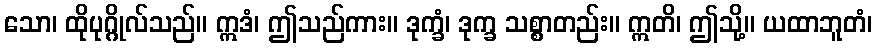
သော၊ ထိုပုဂ္ဂိုလ်သည်။ ဣဒံ၊ ဤသည်ကား။ ဒုက္ခံ၊ ဒုက္ခ သစ္စာတည်း။ ဣတိ၊ ဤသို့။ ယထာဘူတံ၊